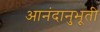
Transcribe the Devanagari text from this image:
आनंदानुभूती